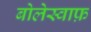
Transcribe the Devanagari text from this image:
बोलेस्वाफ़